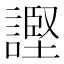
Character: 𫍊